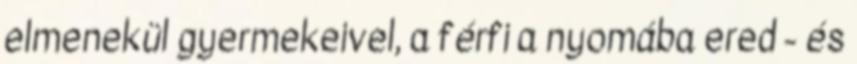
elmenekül gyermekeivel, a férfi a nyomába ered - és